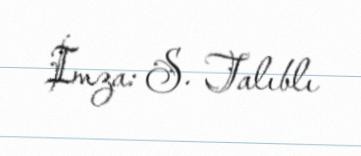
İmza: S. Talıblı